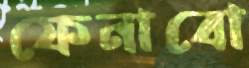
ফেনাবো